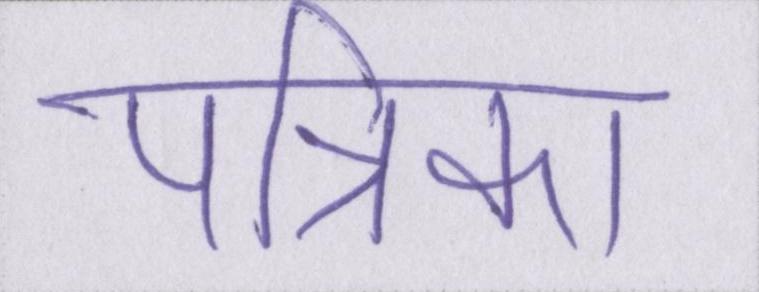
पत्रिका